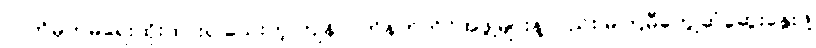
လက်မှတ်မရေးထိုးထားရ သေးတဲ့ ကျန်လက်နက်ကိုင်အဖွဲ့များနဲ့လည်း မကြမီတွေ့ဆုံဆွေးနွေးဖို့